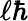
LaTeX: \ell\hbar